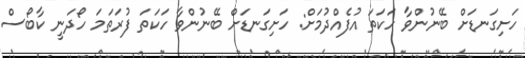
ހަށިގަނޑަށް ބޭނުންވާ ހަކަތަ އުފެއްދުމަށް: ހަށިގަނޑަށް ބޭނުންވާ ހަކަތަ ފުރަތަމަ ހޯދަނީ ކާބޯސް